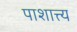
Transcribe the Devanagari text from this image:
पाशात्त्य